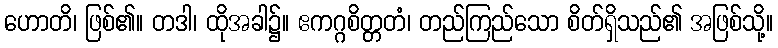
ဟောတိ၊ ဖြစ်၏။ တဒါ၊ ထိုအခါ၌။ ဧကဂ္ဂစိတ္တတံ၊ တည်ကြည်သော စိတ်ရှိသည်၏ အဖြစ်သို့။